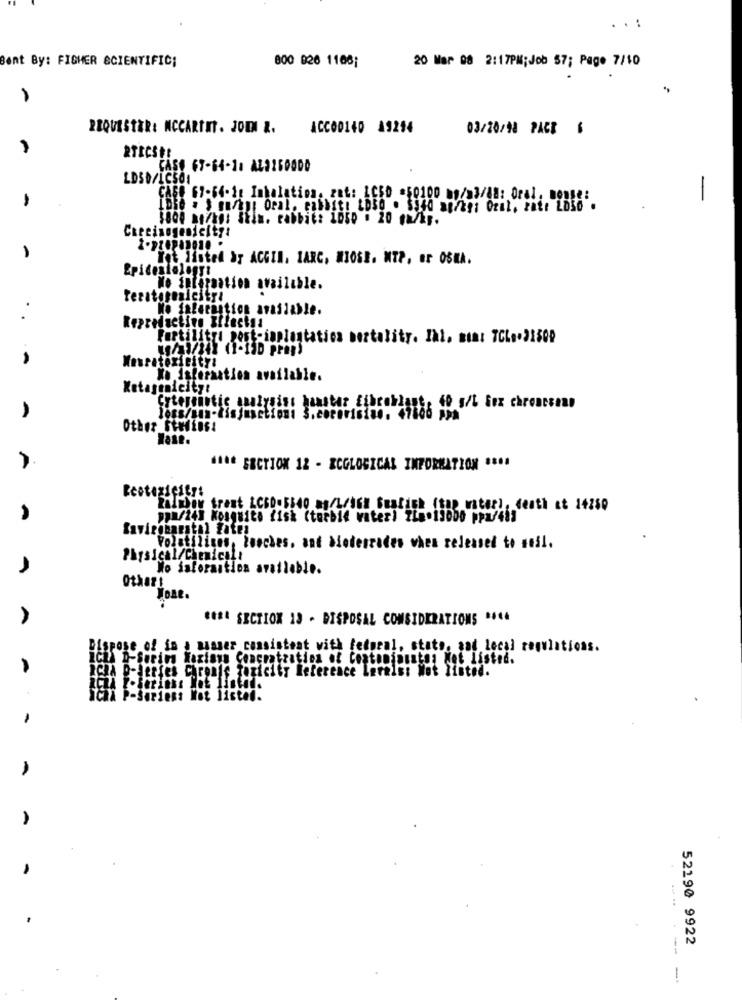
..:
Bent By: FISHER SCIENTIFIC;
800 826 1108;
20 Mar 08 2:17PM; Job 57; Page 7/10
REQUESTER: MCCARTHY. JODI &.
ACC00140 19214
03/20/18 PACE
RTECSE!
CASO 67-64-1: AZ2160000
LDSD/LC501
1
-
CAGE 67-64.1: Inhalation, zat: LC5D =50100 w#/ 3/88: Oral, monte:
1000 no/ko: Stin. rabbit: 1050 . 20 mu/kg.
Checisogenicity:
Yot listed ar ACGIN. IARC, MIOSE. MTP. OF OSMA.
Epicestology!
No information available.
.
No ialecantion available.
Reproductive Effectss
Fertilityl post-inplantation bertality. Ihl. mont TCL .. 21500
No isferaation available.
Xatagenicity:
Cytermintic analysiss hamster fibroblast, 40 g/L Sex chroncsan
11 ** ERCYJOK 12 - ECGLOGICAL INFORMATION 1801
Zaliher Srest LCED-5340 mg/1/16H Beatich (tap water), death at 14250
9pm/243 Kosguito fisk (torbie water) ZLe.13000 pPu/48]
Savicghanstal fates
Volatilizes, touches, and Mioterrades when released to weil.
Physical/Chemicali
No jaforaition available.
Others
Jone.
#### SECTION 13 - DISPOSAL CONSIDERATIONS PACA
Dispose of in a nasser consistent with federal, state, and local regulations.
ICLA D-Surins Xaxians Concratration of Coatominunten Not Listed.
Cla Delerfes Chronic toxicity Reference Lerals: Not listed.
ACLA E-Series: Not Listed.
IchX P-Seriens Not listed.
52190 9922
1